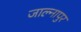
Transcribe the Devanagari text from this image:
जाल्नापुर